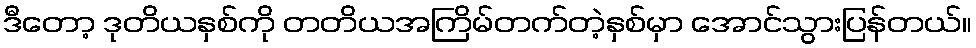
ဒီတော့ ဒုတိယနှစ်ကို တတိယအကြိမ်တက်တဲ့နှစ်မှာ အောင်သွားပြန်တယ်။